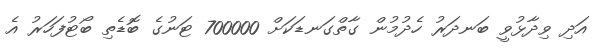
އަދި ވިދާޅުވީ ބަނދަރު ހެދުމުން ގާތްގަނޑަކަށް 700000 ޓަނުގެ ބޮޑެތި ބޯޓުފަހަރު އެ